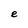
Character: e